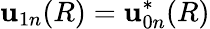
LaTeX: \mathbf{u}_{1n}(R)=\mathbf{u}_{0n}^{*}(R)